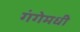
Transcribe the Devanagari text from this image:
गंगेमधी